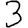
Digit: 3